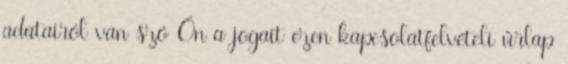
adatairól van szó Ön a jogait ezen kapcsolatfelvételi űrlap